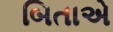
બિતાએ